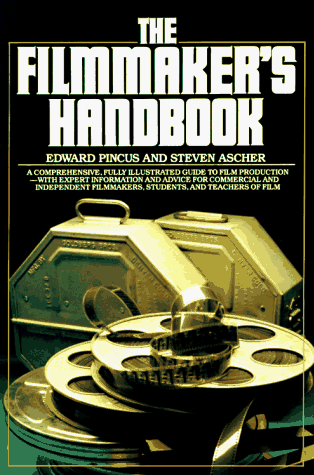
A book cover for The Filmmaker's Handbook; Edward and Steven Ascher Pincus; Humor & Entertainment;